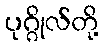
ပုဂ္ဂိုလ်တို့